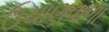
ઉચાણવાળા